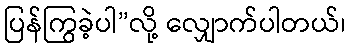
ပြန်ကြွခဲ့ပါ”လို့ လျှောက်ပါတယ်၊